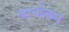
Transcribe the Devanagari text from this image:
कार्याक्रम